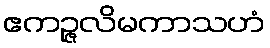
ဧကဉ္ဇလိမကာသဟံ